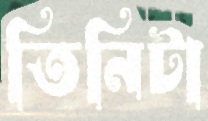
তিনিটা